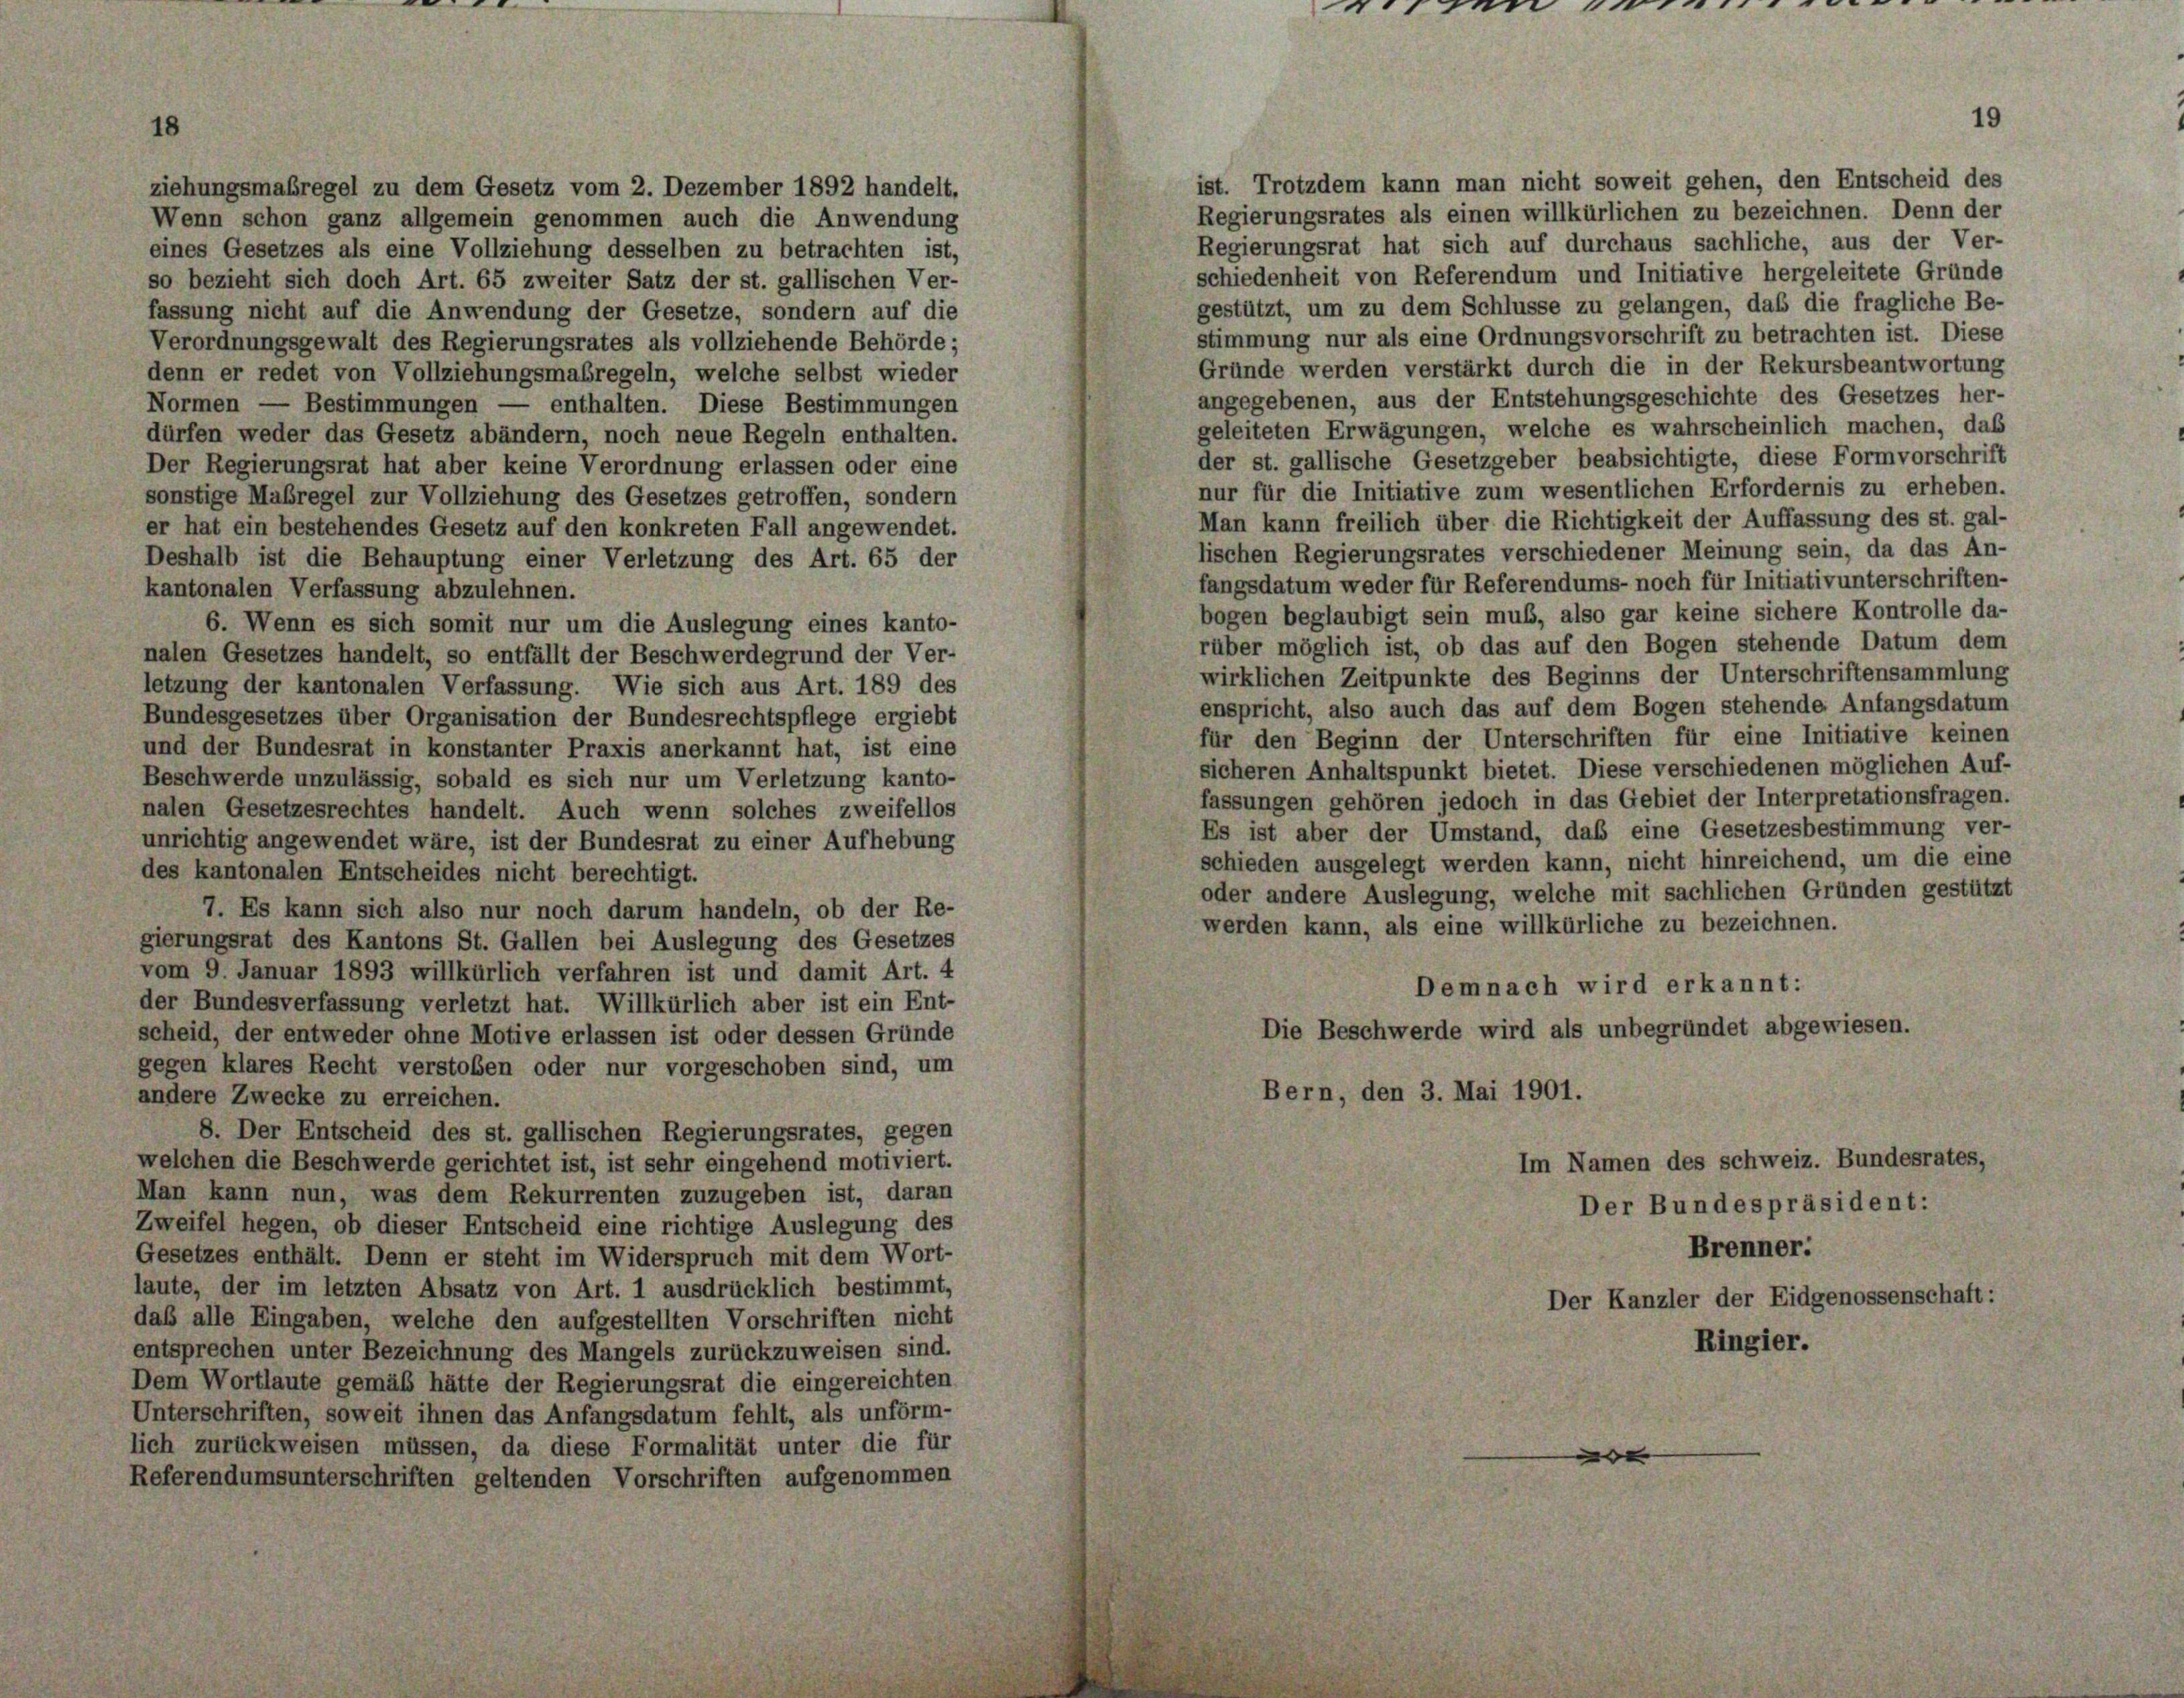
so bezieht sich doch Art. 65 zweiter Satz der st. gallischen Ver-
fassung nicht auf die Anwendung der Gesetze, sondern auf die
Verordnungsgewalt des Regierungsrates als vollziehende Behörde;
denn er redet von Vollziehungsmaßregeln, welche selbst wieder
Normen — Bestimmungen — enthalten. Diese Bestimmungen
dürfen weder das Gesetz abändern, noch neue Regeln enthalten.
Der Regierungsrat hat aber keine Verordnung erlassen oder eine
sonstige Maßregel zur Vollziehung des Gesetzes getroffen, sondern
er hat ein bestehendes Gesetz auf den konkreten Fall angewendet.
Deshalb ist die Behauptung einer Verletzung des Art. 65 der
kantonalen Verfassung abzulehnen.
6. Wenn es sich somit nur um die Auslegung eines kanto-
nalen Gesetzes handelt, so entfällt der Beschwerdegrund der Ver-
letzung der kantonalen Verfassung. Wie sich aus Art. 189 des
Bundesgesetzes über Organisation der Bundesrechtspflege ergiebt
und der Bundesrat in konstanter Praxis anerkannt hat, ist eine
Beschwerde unzulässig, sobald es sich nur um Verletzung kanto-
nalen Gesetzesrechtes handelt. Auch wenn solches zweifellos
unrichtig angewendet wäre, ist der Bundesrat zu einer Aufhebung
des kantonalen Entscheides nicht berechtigt.
7. Es kann sich also nur noch darum handeln, ob der Re-
gierungsrat des Kantons St. Gallen bei Auslegung des Gesetzes
vom 9. Januar 1893 willkürlich verfahren ist und damit Art. 4
der Bundesverfassung verletzt hat. Willkürlich aber ist ein Ent-
scheid, der entweder ohne Motive erlassen ist oder dessen Gründe
gegen klares Recht verstoben oder nur vorgeschoben sind, um
andere Zwecke zu erreichen.
8. Der Entscheid des st. gallischen Regierungsrates, gegen
welchen die Beschwerde gerichtet ist, ist sehr eingehend motiviert.
Man kann nun, was dem Rekurrenten zuzugeben ist, daran
Zweifel hegen, ob dieser Entscheid eine richtige Auslegung des
Gesetzes enthält. Denn er steht im Widerspruch mit dem Wort-
laute, der im letzten Absatz von Art. 1 ausdrücklich bestimmt,
daß alle Eingaben, welche den aufgestellten Vorschriften nicht
entsprechen unter Bezeichnung des Mangels zurückzuweisen sind.
Dem Wortlaute gemäß hätte der Regierungsrat die eingereichten
Unterschriften, soweit ihnen das Anfangsdatum fehlt, als unförm-
lich zurückweisen müssen, da diese Formalität unter die für
Referendumsunterschriften geltenden Vorschriften aufgenommen

ziehungsmaßregel zu dem Gesetz vom 2. Dezember 1892 handelt,
Wenn schon ganz allgemein genommen auch die Anwendung
eines Gesetzes als eine Vollziehung desselben zu betrachten ist,

eieren ver

ist. Trotzdem kann man nicht soweit gehen, den Entscheid des
Regierungsrates als einen willkürlichen zu bezeichnen. Denn der
Regierungsrat hat sich auf durchaus sachliche, aus der Ver-
schiedenheit von Referendum und Initiative hergeleitete Gründe
gestützt, um zu dem Schlüsse zu gelangen, daß die fragliche Be-
stimmung nur als eine Ordnungsvorschrift zu betrachten ist. Diese
Gründe werden verstärkt durch die in der Rekursbeantwortung
angegebenen, aus der Entstehungsgeschichte des Gesetzes her-
geleiteten Erwägungen, welche es wahrscheinlich machen, das
der st. gallische Gesetzgeber beabsichtigte, diese Formvorschrift
nur für die Initiative zum wesentlichen Erfordernis zu erheben.
Man kann freilich über die Richtigkeit der Auffassung des st. gal-
lischen Regierungsrates verschiedener Meinung sein, da das An-
fangsdatum weder für Referendums- noch für Initiativunterschriften-
bogen beglaubigt sein muß, also gar keine sichere Kontrolle da-
rüber möglich ist, ob das auf den Bogen stehende Datum dem
wirklichen Zeitpunkte des Beginns der Unterschriftensammlung
enspricht, also auch das auf dem Bogen stehende Anfangsdatum
für den Beginn der Unterschriften für eine Initiative keinen
sicheren Anhaltspunkt bietet. Diese verschiedenen möglichen Auf-
fassungen gehören jedoch in das Gebiet der Interpretationsfragen.
Es ist aber der Umstand, daß eine Gesetzesbestimmung ver-
schieden ausgelegt werden kann, nicht hinreichend, um die eine
oder andere Auslegung, welche mit sachlichen Gründen gestützt
werden kann, als eine willkürliche zu bezeichnen.
Demnach wird erkannt:
Die Beschwerde wird als unbegründet abgewiesen.
Bern, den 3. Mai 1901.
Im Namen des schweiz. Bundesrates,
Der Bundespräsident:
Brenner:

Der Kanzler der Eidgenossenschaft
Ringier.

19